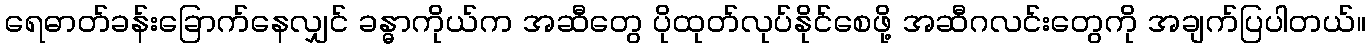
ရေဓာတ်ခန်းခြောက်နေလျှင် ခန္ဓာကိုယ်က အဆီတွေ ပိုထုတ်လုပ်နိုင်စေဖို့ အဆီဂလင်းတွေကို အချက်ပြပါတယ်။